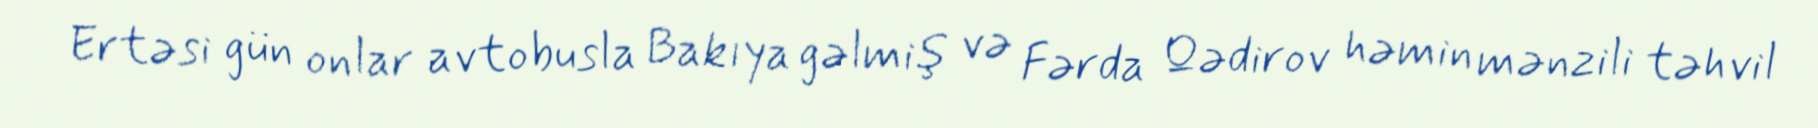
Ertəsi gün onlar avtobusla Bakıya gəlmiş və Fərda Qədirov həmin mənzili təhvil